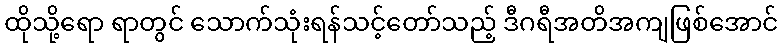
ထိုသို့ရော ရာတွင် သောက်သုံးရန်သင့်တော်သည့် ဒီဂရီအတိအကျဖြစ်အောင်